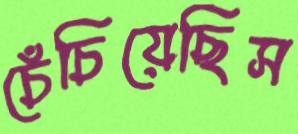
চেঁচিয়েছিস